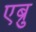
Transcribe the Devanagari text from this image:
एब्रु